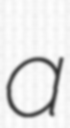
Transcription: a